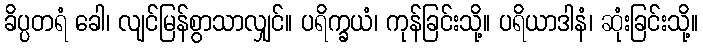
ခိပ္ပတရံ ခေါ၊ လျင်မြန်စွာသာလျှင်။ ပရိက္ခယံ၊ ကုန်ခြင်းသို့။ ပရိယာဒါနံ၊ ဆုံးခြင်းသို့။